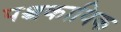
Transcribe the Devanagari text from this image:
पश्चकायिक